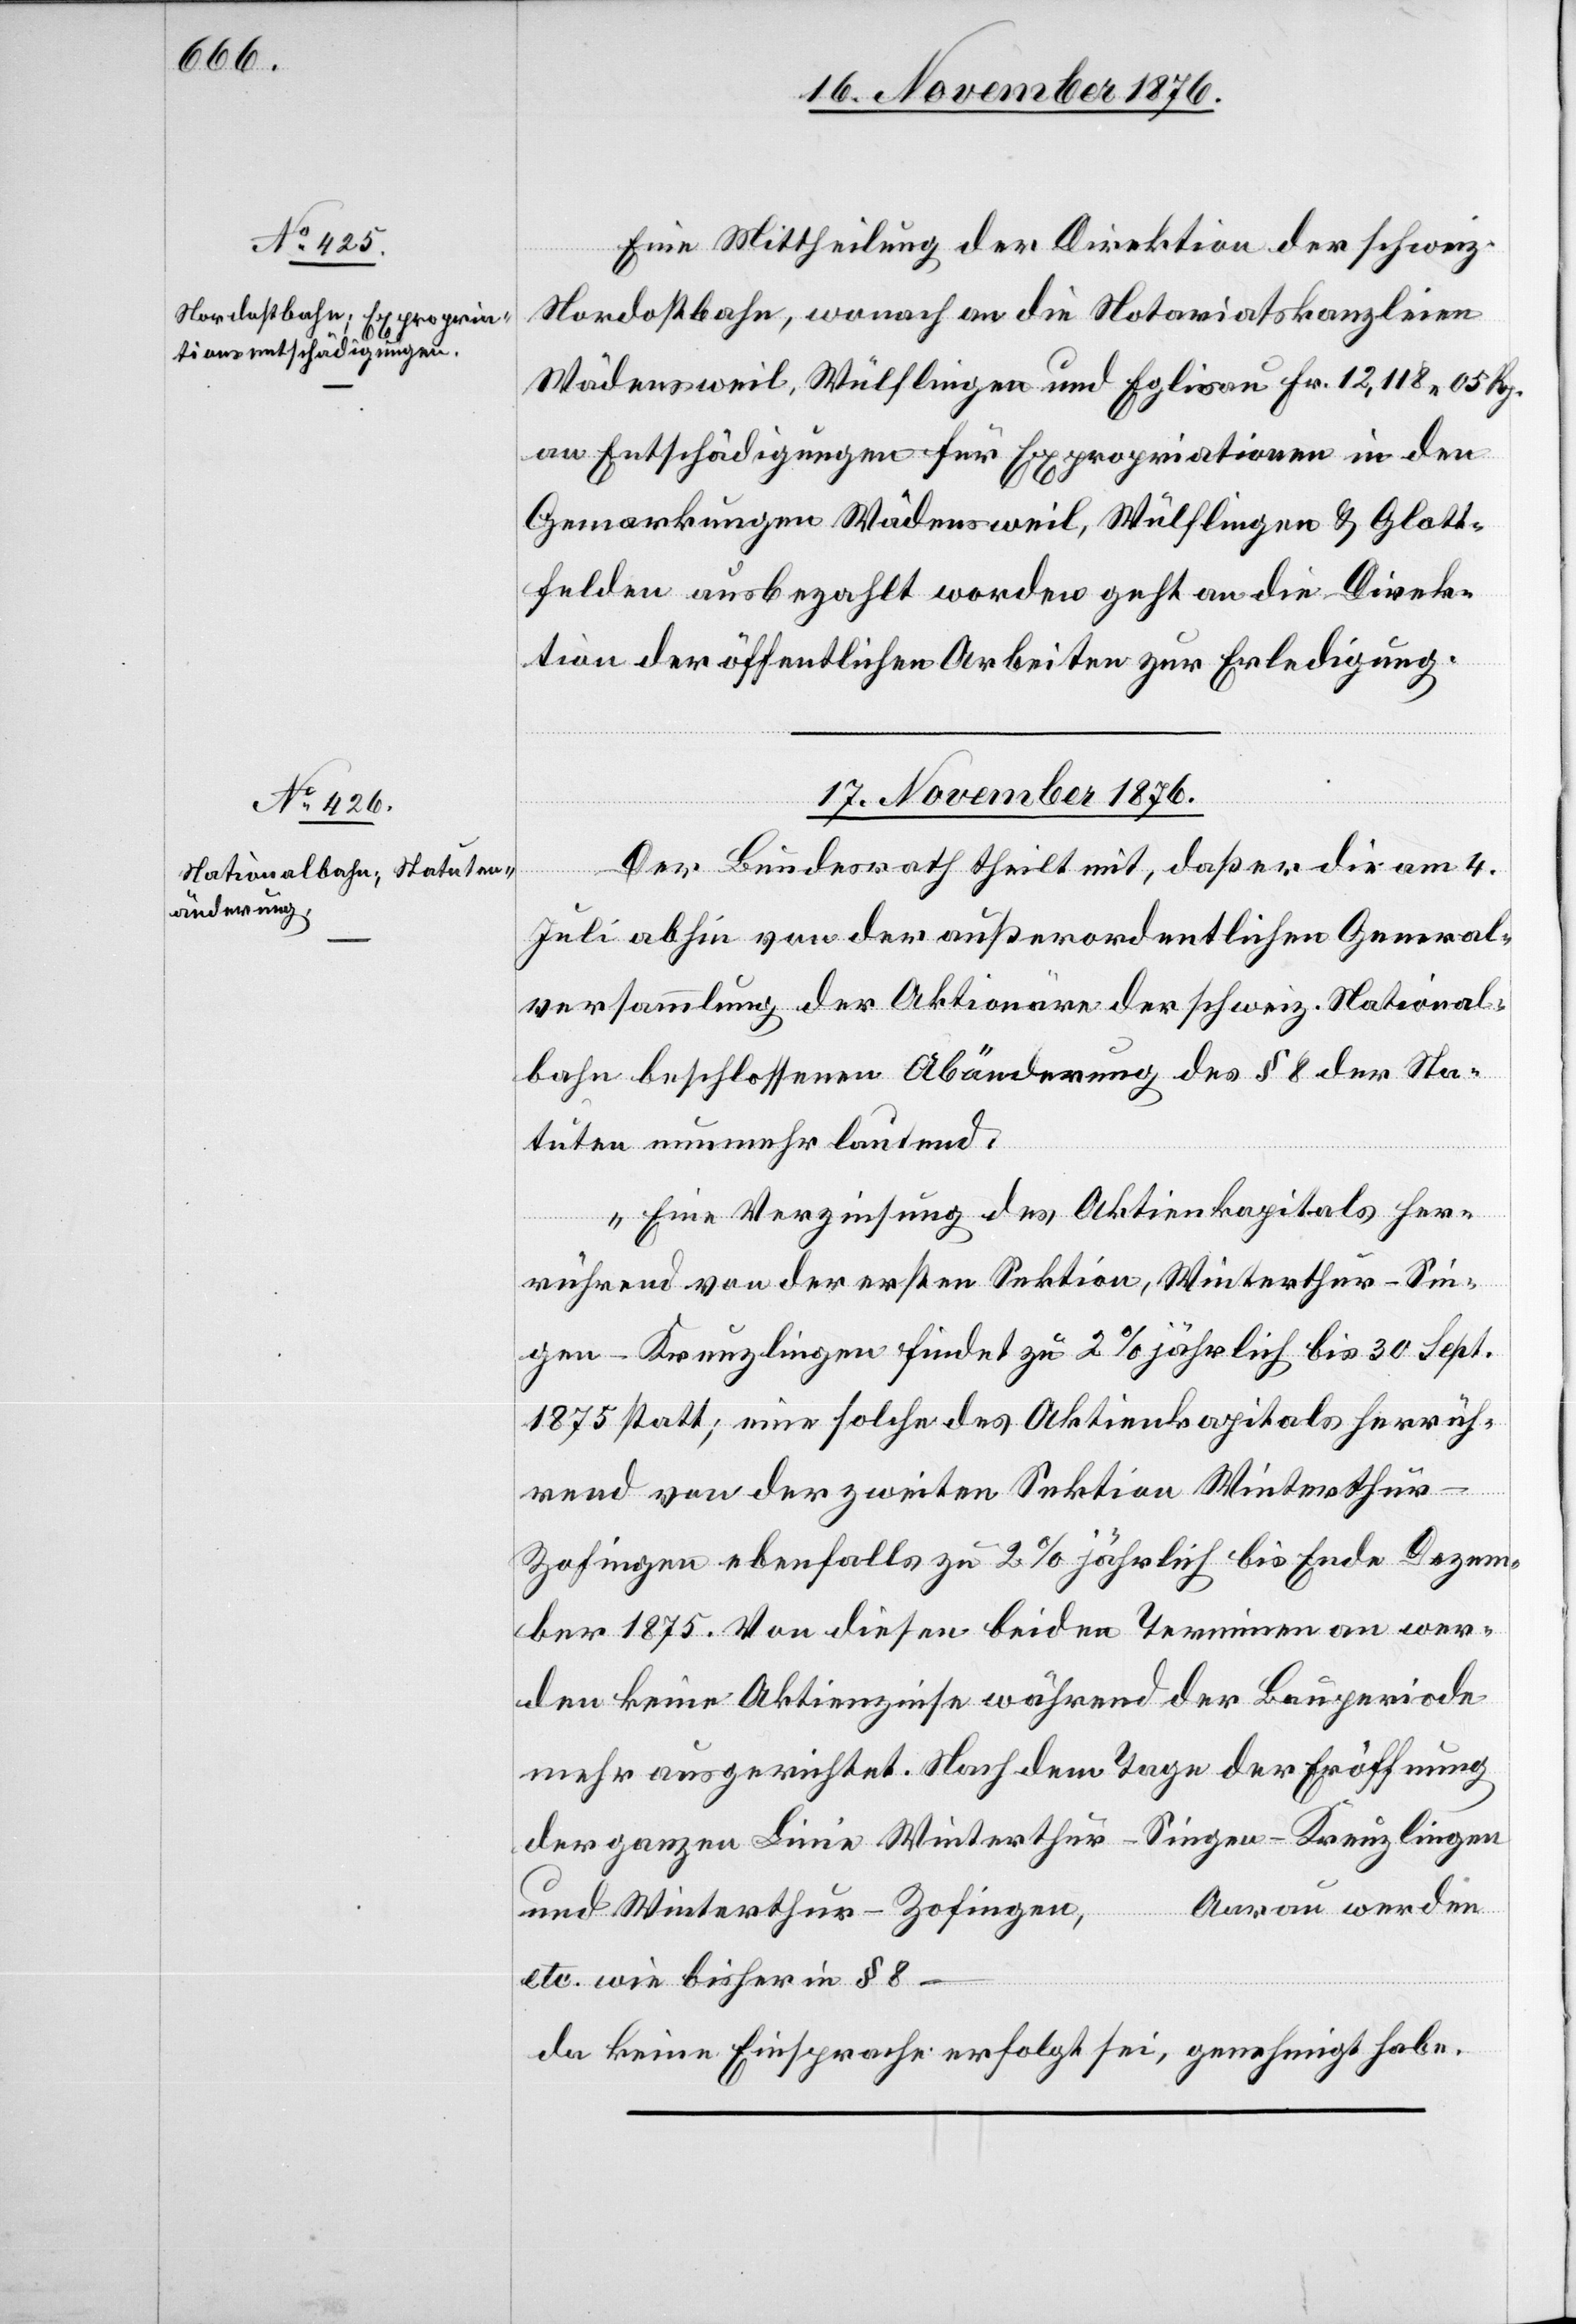
16. November 1876.]
Eine Mittheilung der Direktion der schweiz.
Nordostbahn, wonach an die Notariatskanzleien
Wädensweil, Wülflingen und Eglisau Fr. 12,118 05 Rp.
an Entschädigungen für Expropriationen in den
Gemarkungen Wädensweil, Wülflingen & Glatt¬
felden ausbezahlt worden geht an die Direk¬
tion der öffentlichen Arbeiten zur Erledigung.
17. November 1876.
Der Bundesrath theilt mit, daß er die am 4.
…
Juli abhin von der außerordentlichen General¬
versammlung der Aktionäre der schweiz. National¬
bahn beschlossenen [sic!] Abänderung des § 8 der Sta¬
tuten nunmehr lautend:
„Eine Verzinsung des Aktienkapitals her¬
rührend von der ersten Sektion, Winterthur–Sin¬
gen–Kreuzlingen findet zu 2% jährlich bis 30. Sept.
1875 statt; eine solche des Aktienkapitals herrüh¬
rend von der zweiten Sektion Winterthur–Z¬
ofingen ebenfalls zu 2% jährlich bis Ende Dezem¬
ber 1875. Von diesen beiden Terminen an wer¬
den keine Aktienzinse während der Bazperiode
mehr ausgerichtet. Nach dem Tage der Eröffnung
der ganzen Linie Winterthur–Singen–Kreuzlingen
Aarau werden
und Winterthur–Zofingen,
etc. wie bisher in § 8 –
da keine Einsprache erfolgt sei, genehmigt habe.